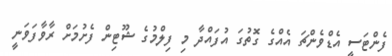
ފެންޓަސީ އެޑްވެންޗަ އެއްގެ ގޮތުގަ އުފައްދާ މި ފިލްމުގެ ޝޫޓިން ފެށުމަށް ރާވާފަވަނީ